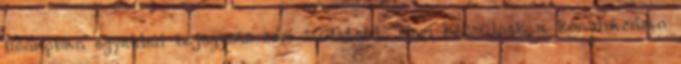
hónapban egyetlen bejegyzés sem született. Nem készülnek a konyhámban